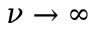
\nu \to \infty